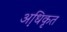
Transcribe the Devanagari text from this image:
अधि़कृत